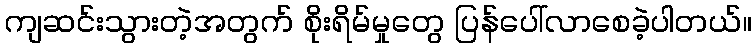
ကျဆင်းသွားတဲ့အတွက် စိုးရိမ်မှုတွေ ပြန်ပေါ်လာစေခဲ့ပါတယ်။